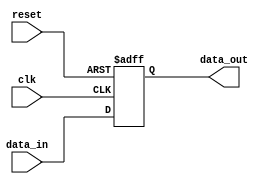
//   Copyright 2024 Martin Putz
//
//   Licensed under the Apache License, Version 2.0 (the "License");
//   you may not use this file except in compliance with the License.
//   You may obtain a copy of the License at
//
//       http://www.apache.org/licenses/LICENSE-2.0
//
//   Unless required by applicable law or agreed to in writing, software
//   distributed under the License is distributed on an "AS IS" BASIS,
//   WITHOUT WARRANTIES OR CONDITIONS OF ANY KIND, either express or implied.
//   See the License for the specific language governing permissions and
//   limitations under the License.

`define default_netname none

module synchronizer #(parameter DIGITS = 6)(

   	//Inputs
    input wire [DIGITS-1:0] data_in,	//Asynchronous Parallel Data In
    
    input wire clk,			//System Clock
    input wire reset,			//System Reset
    
    	//Outputs
    output wire [DIGITS-1:0] data_out	//Synchronous Parallel Data Out
);

    	//Assisting Output Signals
    reg [DIGITS-1:0] data_state;

	//Assign new values at every pos edge of the clock
    always @(posedge reset or posedge (clk)) begin
    	if (reset) begin
    		data_state <= 'd0;
    	end else begin
    		data_state <= data_in;
    	end
    end
    
	//Assigning temporary signals to the outputs
    assign data_out = data_state;

endmodule